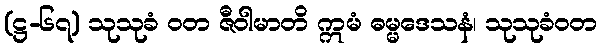
(ဋ္ဌ-၆၇) သုသုခံ ဝတ ဇီဝါမာတိ ဣမံ ဓမ္မဒေသနံ၊ သုသုခံဝတ